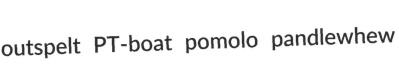
outspelt PT-boat pomolo pandlewhew